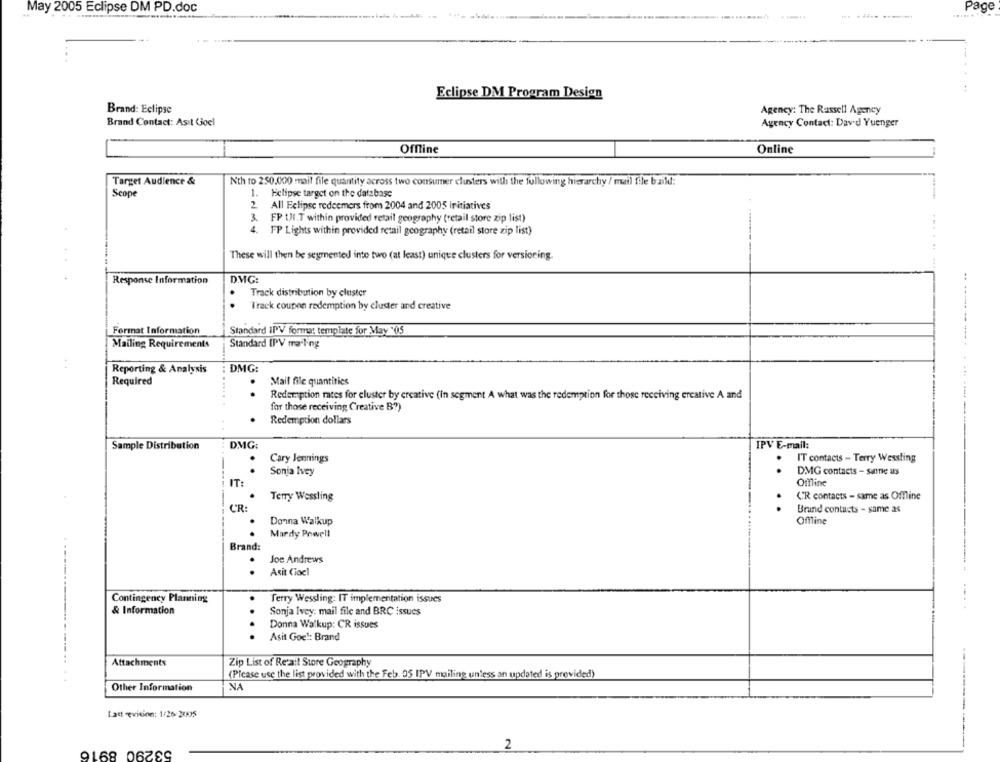
Page
May 2005 Eclipse DM PD.doc
.......
Eclipse DM Program Design
Brand: Eclipse
Agency: The Rassell Ageney
Brand Contact: Asit Gjoel
Agency Contact: Dav'd Yuenger
Offline
Online
Target Audience &
Nth to 250.000 mail file quantity across two consumer clusters with the following hierarchy / mail file build:
Scope
1. Helipse target on the database
2
All Eclipse redeemers from 2004 and 2005 initiatives
3.
FP (JI.T within provided retail geography (retail store zip list)
4.
FP Lights within provided retail geography (retail store zip list)
These will then be segmented into two (at least) unique clusters for versioning.
Response Information
DMG:
Track distribution by cluster
. .
Track coupon redemption by cluster and creative
Format Information
Standard IPV forma: template for May "05
Mailing Requirements
Standard IPV ma-ling
--------
Reporting & Analysis
DMG:
Required
Mail file quantities
..
Redemption rates for cluster by creative (in segment A what was the redemption for those receiving ercative A and
for those receiving Creative B?)
Redemption dollars
Sample Distribution
DMG:
IPV E-mail:
Cary Jennings
I'T contacts - Terry Wessling
.
Sonja Ivey
DMG contacts - same us
Offline
IT
.
Terry Wessling
C'R contacts - same as Offline
CR:
Brand contacts - same as
Donna Walkup
Offline
Mardy Powell
Brand:
Joe Andrews
. .
Asit Gocl
Contingency Planning
Terry Wessling: IT implementation issues
& Information
Sonja Ivey: mail file and BRC issues
..
Donna Walkup: CR issues
Asit Goc !: Brand
Attachments
Zip List of Retail Store Geography
(Please use the list provided with the Feb. 05 IPV mailing unless an updated is provided)
Other Information
NA
Lad evision: 1/26-20535
53290 8916
2